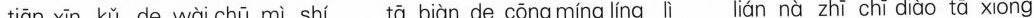
tiān xin kǔ de wài chū mì shí tā biàn de cōng míng líng lì lián nà zhī chī diào tā xiōng